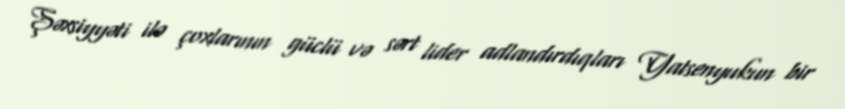
Şəxsiyyəti ilə çoxlarının güclü və sərt lider adlandırdıqları Yatsenyukun bir